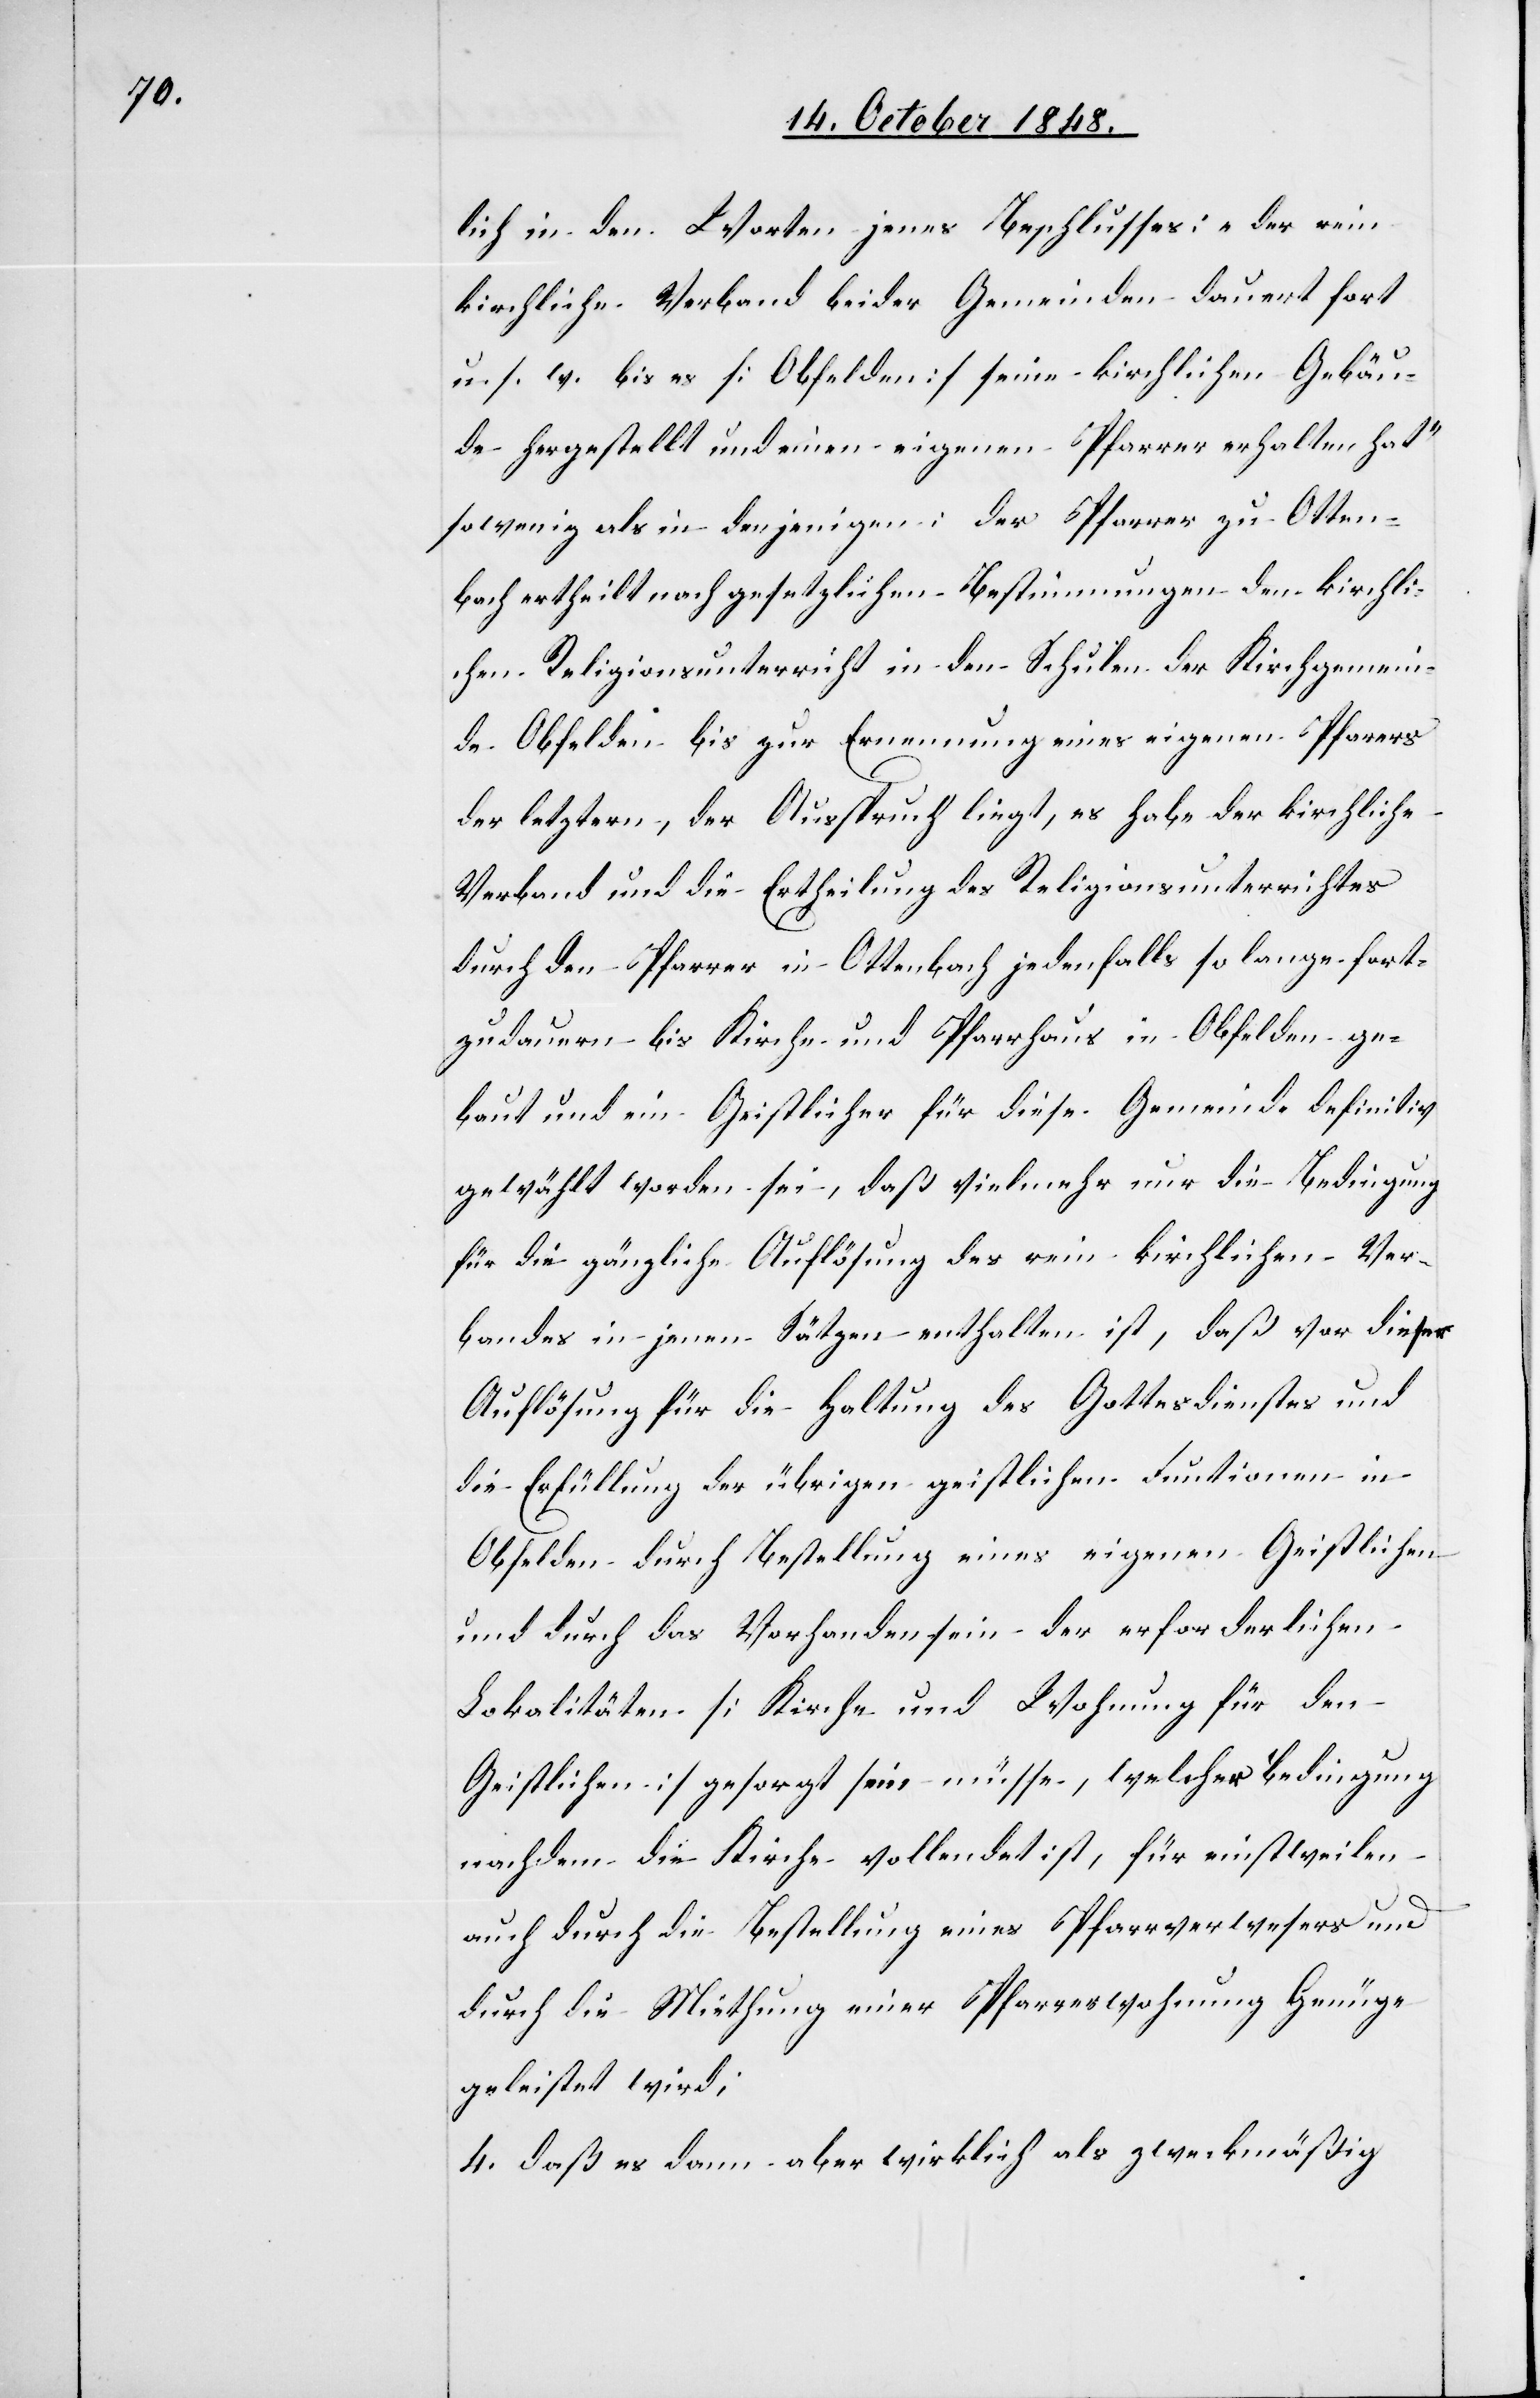
lich in den Worten jenes Beschlusses: „der rein
kirchliche Verband beider Gemeinden dauert fort
u. s. w. bis es [Obfelden] seine kirchlichen Gebäu¬
de hergestellt und einen eigenen Pfarrer erhalten hat“
sowenig als in denjenigen: der Pfarrer zu Otten¬
bach ertheilt nach gesetzlichen Bestimmungen den kirchli¬
chen Religionsunterricht in den Schulen der Kirchgemein¬
de Obfelden bis zur Ernennung eines eigenen Pfarrers
der letztern, der Ausspruch liegt, es habe der kirchliche
Verband und die Ertheilung des Religionsunterrichtes
durch den Pfarrer in Ottenbach jedenfalls so lang fort¬
zudauern bis Kirche und Pfarrhaus in Obfelden ge¬
baut und ein Geistlicher für diese Gemeinde definitiv
gewählt worden sei, daß vielmehr nur dir Bedingung
für die gänzliche Auflösung des rein kirchlichen Ver¬
bandes in jenen Sätzen enthalten ist, daß vor dieser
Auflösung für die Haltung des Gottesdienstes und
die Erfüllung der übrigen geistlichen Funktionen in
Obfelden durch Bestellung eines eigenen Geistlichen
und durch Vorhandensein der erforderlichen
Lokalitäten [Kirche und Wohnung für den
Geistlichen] gesorgt sein müsse, welcher Bedingung
nachdem die Kirche vollendet ist, für einstweilen
auch durch die Bestellung eines Pfarrverwesers und
durch die Miethung einer Pfarrerwohnung Genüge
geleistet wird;
4. daß es dann aber wirklich als zweckmäßig